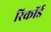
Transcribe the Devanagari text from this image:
रिकाॅर्ड